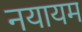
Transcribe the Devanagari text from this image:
नयायम